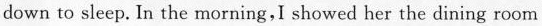
down to sleep. In the morning,I showed her the dining room